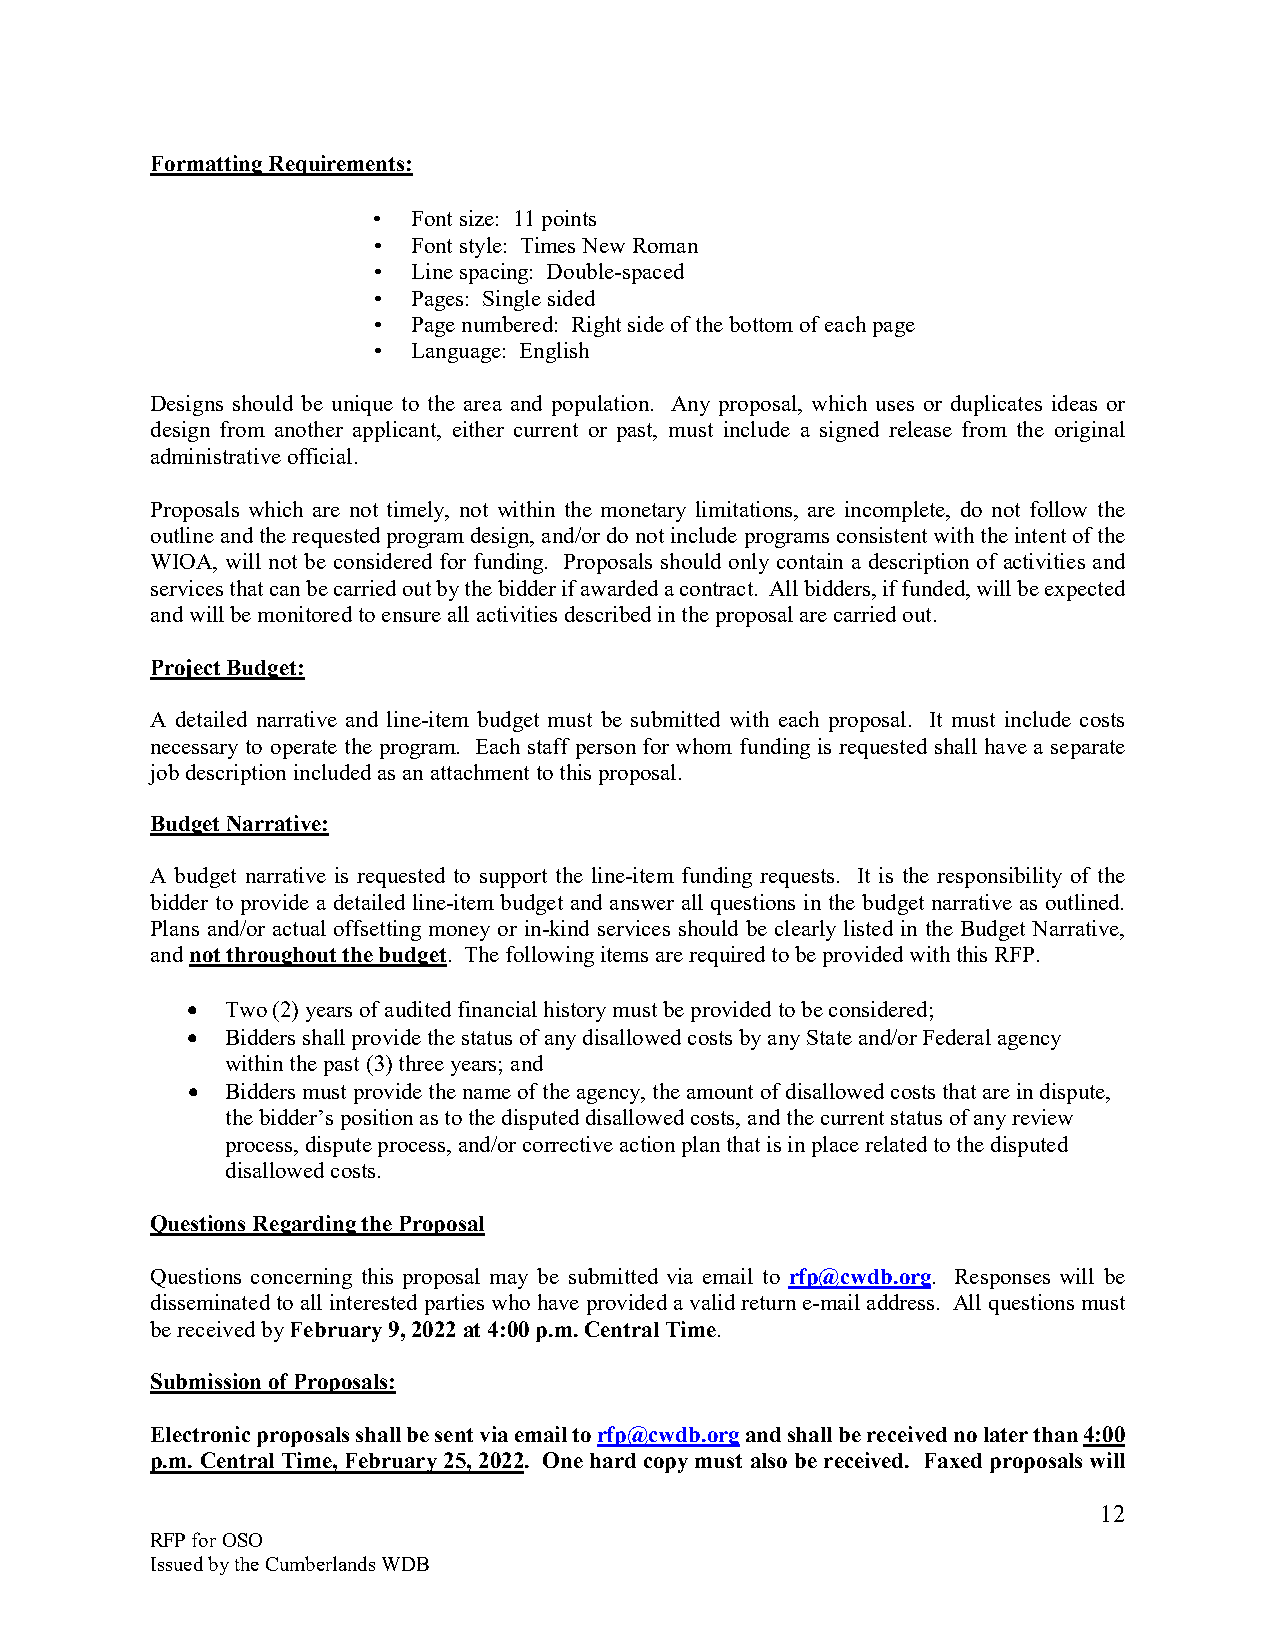
Formatting Requirements:
 • Font size: 11 points
 • Font style: Times New Roman
 • Line spacing: Double-spaced
 • Pages: Single sided
 • Page numbered: Right side of the bottom of each page
 • Language: English
 Designs should be unique to the area and population. Any proposal, which uses or duplicates ideas or
 design from another applicant, either current or past, must include a signed release from the original
 administrative official.
 Proposals which are not timely, not within the monetary limitations, are incomplete, do not follow the
 outline and the requested program design, and/or do not include programs consistent with the intent of the
 WIOA, will not be considered for funding. Proposals should only contain a description of activities and
 services that can be carried out by the bidder if awarded a contract. All bidders, if funded, will be expected
 and will be monitored to ensure all activities described in the proposal are carried out.
 Project Budget:
 A detailed narrative and line-item budget must be submitted with each proposal. It must include costs
 necessary to operate the program. Each staff person for whom funding is requested shall have a separate
 job description included as an attachment to this proposal.
 Budget Narrative:
 A budget narrative is requested to support the line-item funding requests. It is the responsibility of the
 bidder to provide a detailed line-item budget and answer all questions in the budget narrative as outlined.
 Plans and/or actual offsetting money or in-kind services should be clearly listed in the Budget Narrative,
 and not throughout the budget. The following items are required to be provided with this RFP.
 •  Two (2) years of audited financial history must be provided to be considered;
 •  Bidders shall provide the status of any disallowed costs by any State and/or Federal agency
 within the past (3) three years; and
 •  Bidders must provide the name of the agency, the amount of disallowed costs that are in dispute,
 the bidder’s position as to the disputed disallowed costs, and the current status of any review
 process, dispute process, and/or corrective action plan that is in place related to the disputed
 disallowed costs.
 Questions Regarding the Proposal
 Questions concerning this proposal may be submitted via email to rfp@cwdb.org. Responses will be
 disseminated to all interested parties who have provided a valid return e-mail address. All questions must
 be received by February 9, 2022 at 4:00 p.m. Central Time.
 Submission of Proposals:
 Electronic proposals shall be sent via email to rfp@cwdb.org and shall be received no later than 4:00
 p.m. Central Time, February 25, 2022. One hard copy must also be received. Faxed proposals will
 12
 RFP for OSO
 Issued by the Cumberlands WDB